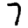
Digit: 7